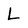
Character: L